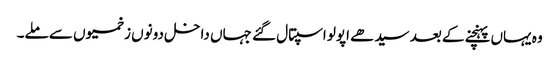
وہ یہاں پہنچنے کے بعد سیدھے اپولو اسپتال گئے جہاں داخل دونوں زخمیوں سے ملے۔